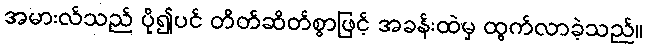
အမားလ်သည် ပို၍ပင် တိတ်ဆိတ်စွာဖြင့် အခန်းထဲမှ ထွက်လာခဲ့သည်။